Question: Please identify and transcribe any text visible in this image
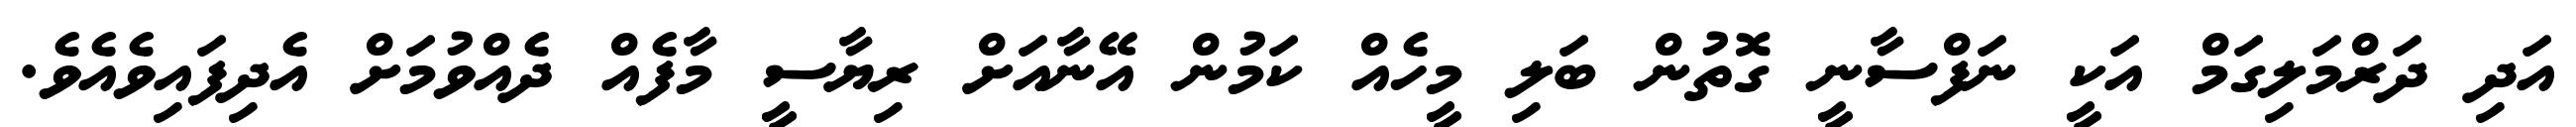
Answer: އަދި ދަރްމަލިގަމް އަކީ ނަފްސާނީ ގޮތުން ބަލި މީހެއް ކަމުން އޭނާއަށް ރިޔާސީ މާފެއް ދެއްވުމަށް އެދިފައިވެއެވެ.